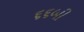
૬૬બી